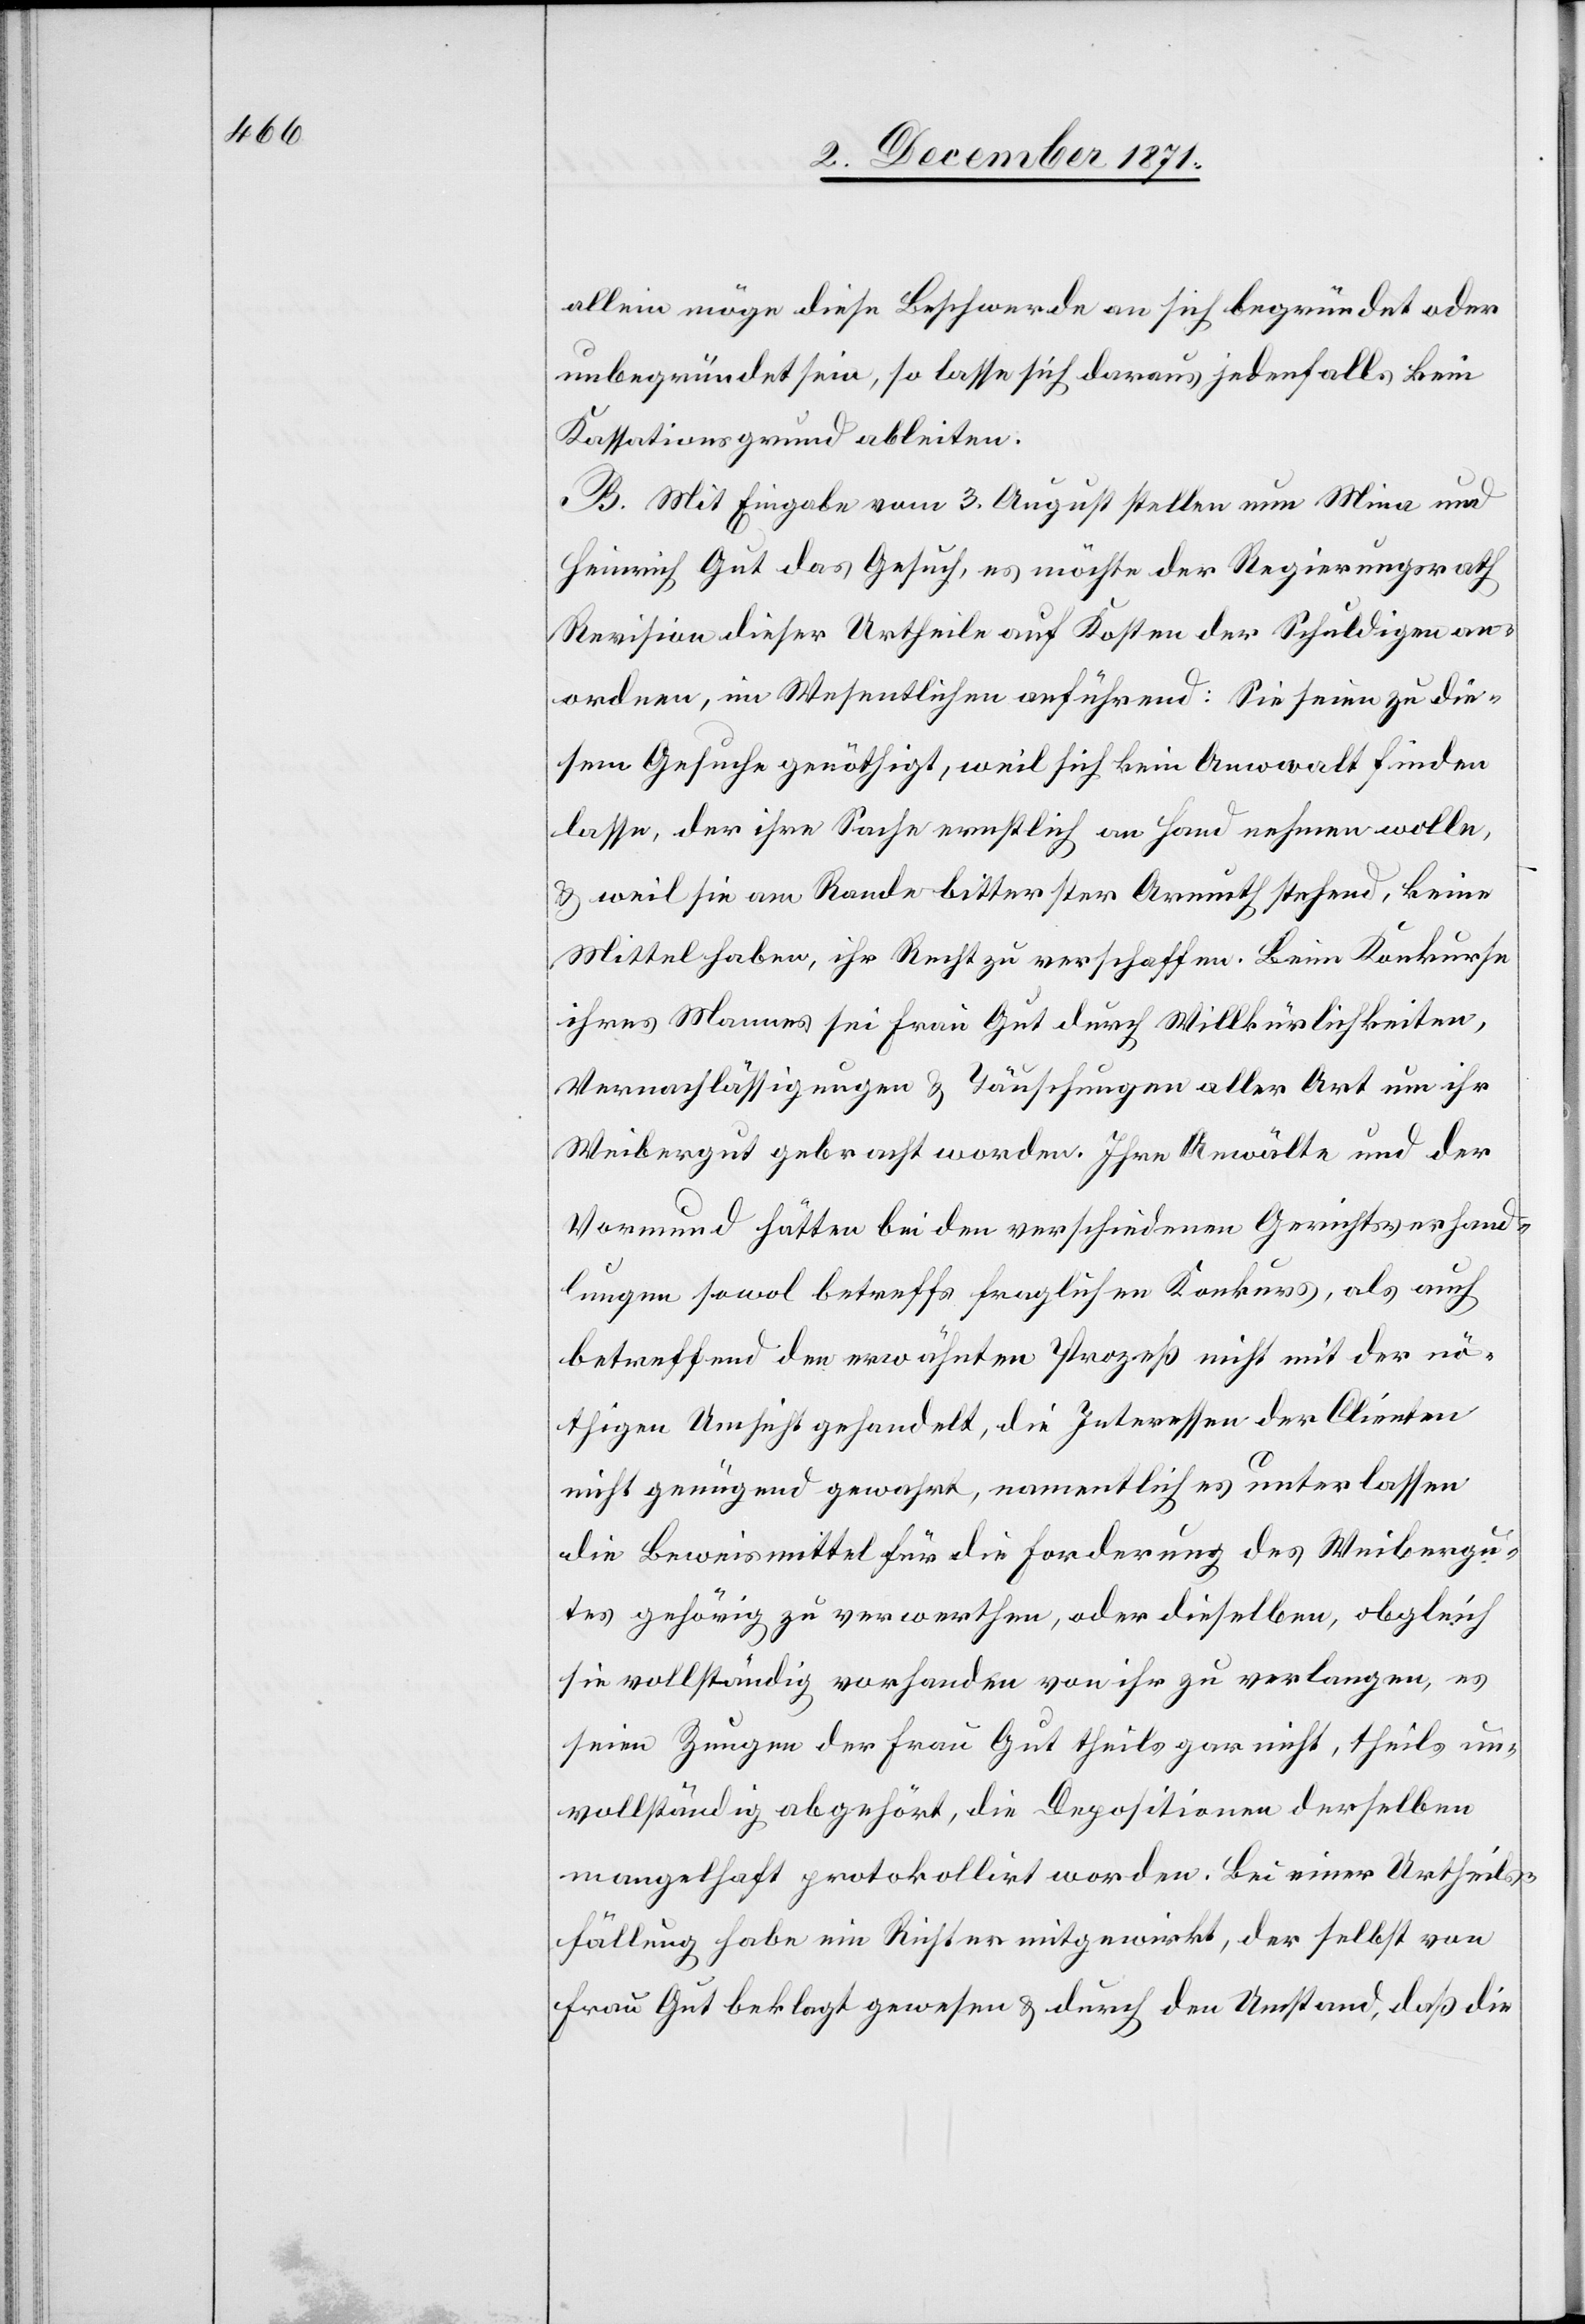
allein möge diese Beschwerde an sich begründet oder
unbegründet sein, so lasse sich daraus jedenfalls kein
Kassationsgrund ableiten.
B. Mit Eingabe vom 3. August stellen nun Mina und
Heinrich Gut das Gesuch, es möchte der Regierungsrath
Revision dieser Urtheile auf Kosten der Schuldigen an¬
ordnen, im Wesentlichen anführend: Sie seien zu die¬
sem Gesuche genöthigt, weil sich kein Anwalt finden
lasse, der ihre Sache ernstlich an Hand nehmen wolle,
& weil sie am Rande bitterster Armuth stehend, keine
Mittel haben, ihr Recht zu verschaffen. Beim Konkurse
ihres Mannes sei Frau Gut durch Willkürlichkeiten,
Vernachlässigungen & Täuschungen aller Art um ihr
Weibergut gebracht worden. Ihre Anwälte und der
Vormund hätten bei den verschiedenen Gerichtsverhand¬
lungen sowol betreffs fraglichen Konkurs, als auch
betreffend den erwähnten Prozess nicht mit der nö¬
thigen Umsicht gehandelt, die Interessen der Clienten
nicht genügend gewahrt, namentlich es unterlassen
die Beweilsmittel für die Forderung des Weibergu¬
tes gehörig zu verwerthen, oder dieselben, obgleich
sie vollständig vorhanden von ihr zu verlangen, es
seien Zeugen der Frau Gut theils gar nicht, theils un¬
vollständig abgehört, die Depositionen derselben
mangelhaft protokollirt worden. Bei einer Urtheils¬
fällung habe ein Richter mitgewirkt, der selbst von
Frau Gut beklagt gewesen & durch den Umstand, daß die